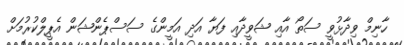
ހާނިމް ވިދާޅުވީ ސަތޯ އާއި ޝަވީދާއި ފަޔާ އަދި އަމީންގެ ސަސްޕެންޝަން އެޕީލްކުރުމަށް